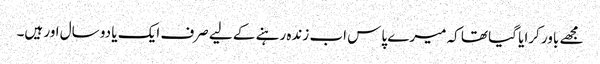
مجھے باور کرایا گیا تھا کہ میرے پاس اب زندہ رہنے کے لیے صرف ایک یا دو سال اور ہیں۔